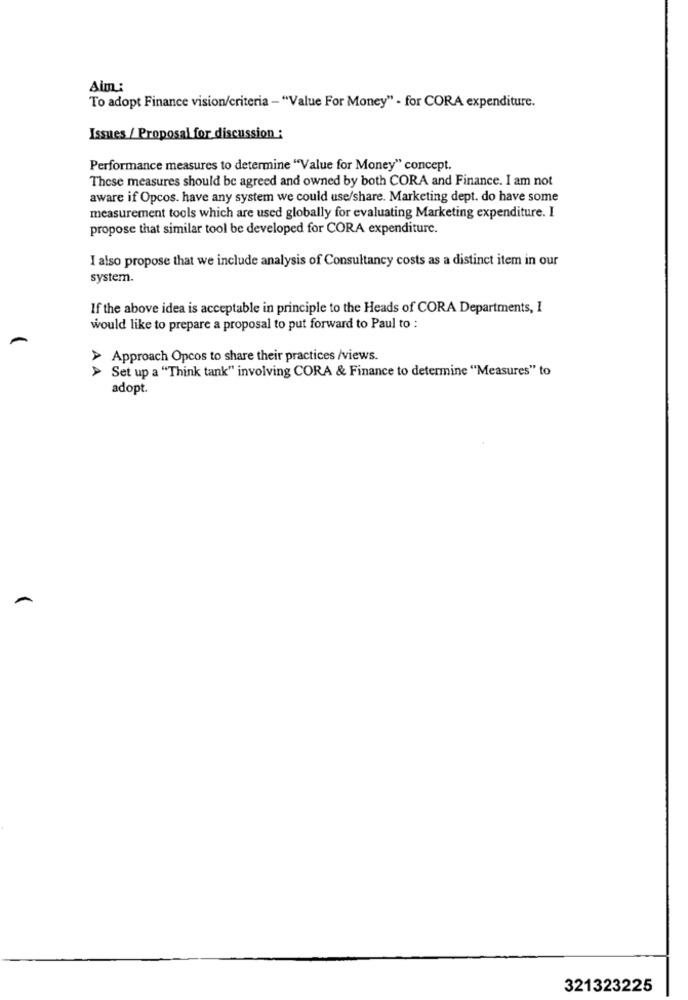
Aim:
To adopt Finance vision/criteria - "Value For Money" - for CORA expenditure.
Issues / Proposal for discussion :
Performance measures to determine "Value for Money" concept.
These measures should be agreed and owned by both CORA and Finance. I am not
aware if Opcos. have any system we could use/share. Marketing dept. do have some
measurement tools which are used globally for evaluating Marketing expenditure. I
propose that similar tool be developed for CORA expenditure.
I also propose that we include analysis of Consultancy costs as a distinct item in our
system.
If the above idea is acceptable in principle to the Heads of CORA Departments, I
would like to prepare a proposal to put forward to Paul to :
Approach Opcos to share their practices /views.
> Set up a "Think tank" involving CORA & Finance to determine "Measures" to
adopt.
321323225